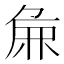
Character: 𫝖